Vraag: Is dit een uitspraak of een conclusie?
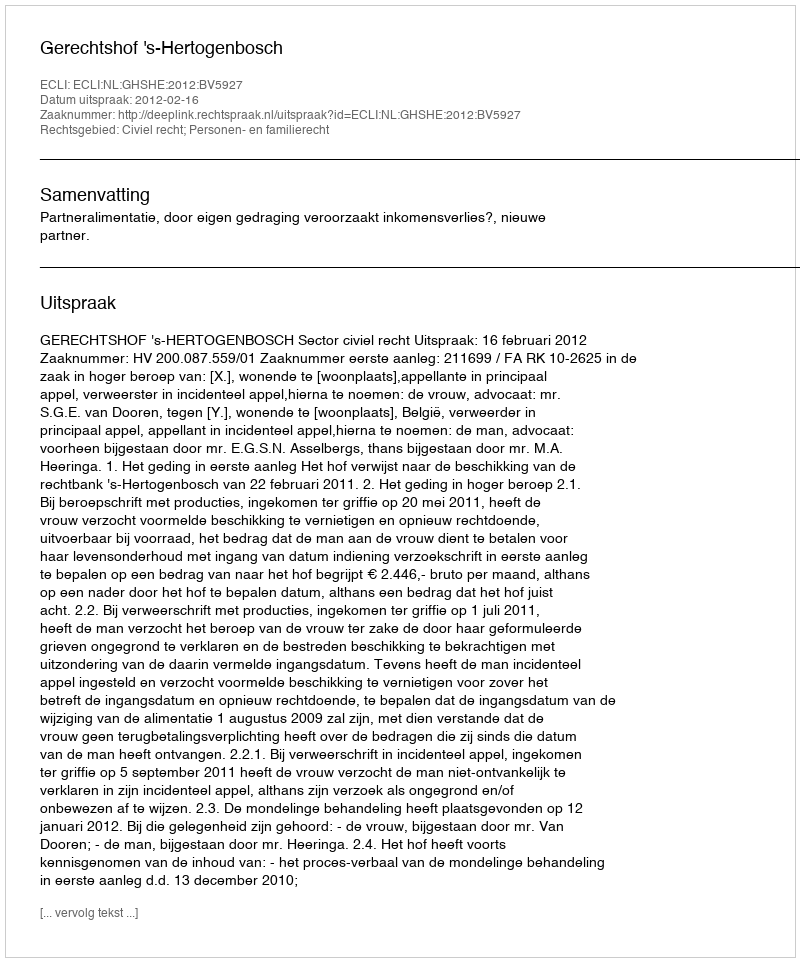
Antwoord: Uitspraak